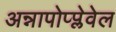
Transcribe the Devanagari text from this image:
अन्नापोप्प्लेवेल